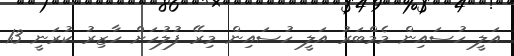
އަލީ ހުސައިން މެމްބަރު އަލީ ހުސައިން މިރޭ ފުލުހަށް ހާޒިރު ކުރަނީ 13